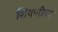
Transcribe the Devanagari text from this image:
शिवणीचा